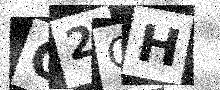
Text: C2CH